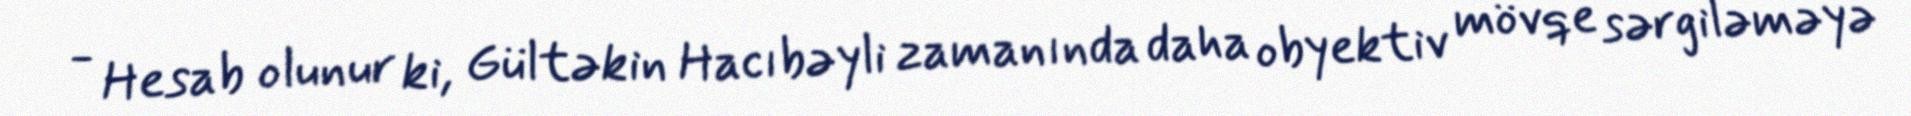
- Hesab olunur ki, Gültəkin Hacıbəyli zamanında daha obyektiv mövqe sərgiləməyə